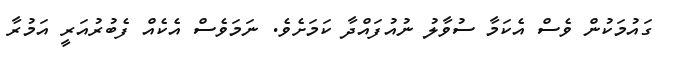
ގައުމަކުން ވެސް އެކަމާ ސުވާލު ނުއުފައްދާ ކަމަށެވެ. ނަމަވެސް އެކެއް ފެބުރުއަރީ އަމުރާ